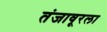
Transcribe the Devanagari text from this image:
तंजावूरला